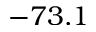
- 7 3 . 1